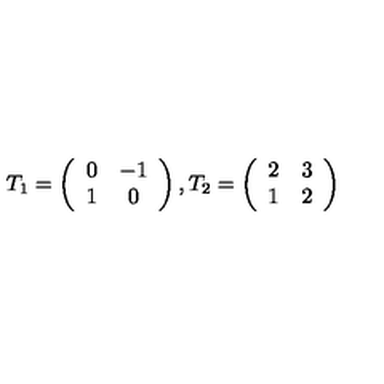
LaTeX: T _ { 1 } = \left( \begin{array} { c c } { 0 } & { - 1 } \\ { 1 } & { 0 } \\ \end{array} \right) , T _ { 2 } = \left( \begin{array} { c c } { 2 } & { 3 } \\ { 1 } & { 2 } \\ \end{array} \right)